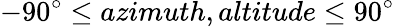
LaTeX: -90^{\circ}\leq azimuth,altitude\leq 90^{\circ}